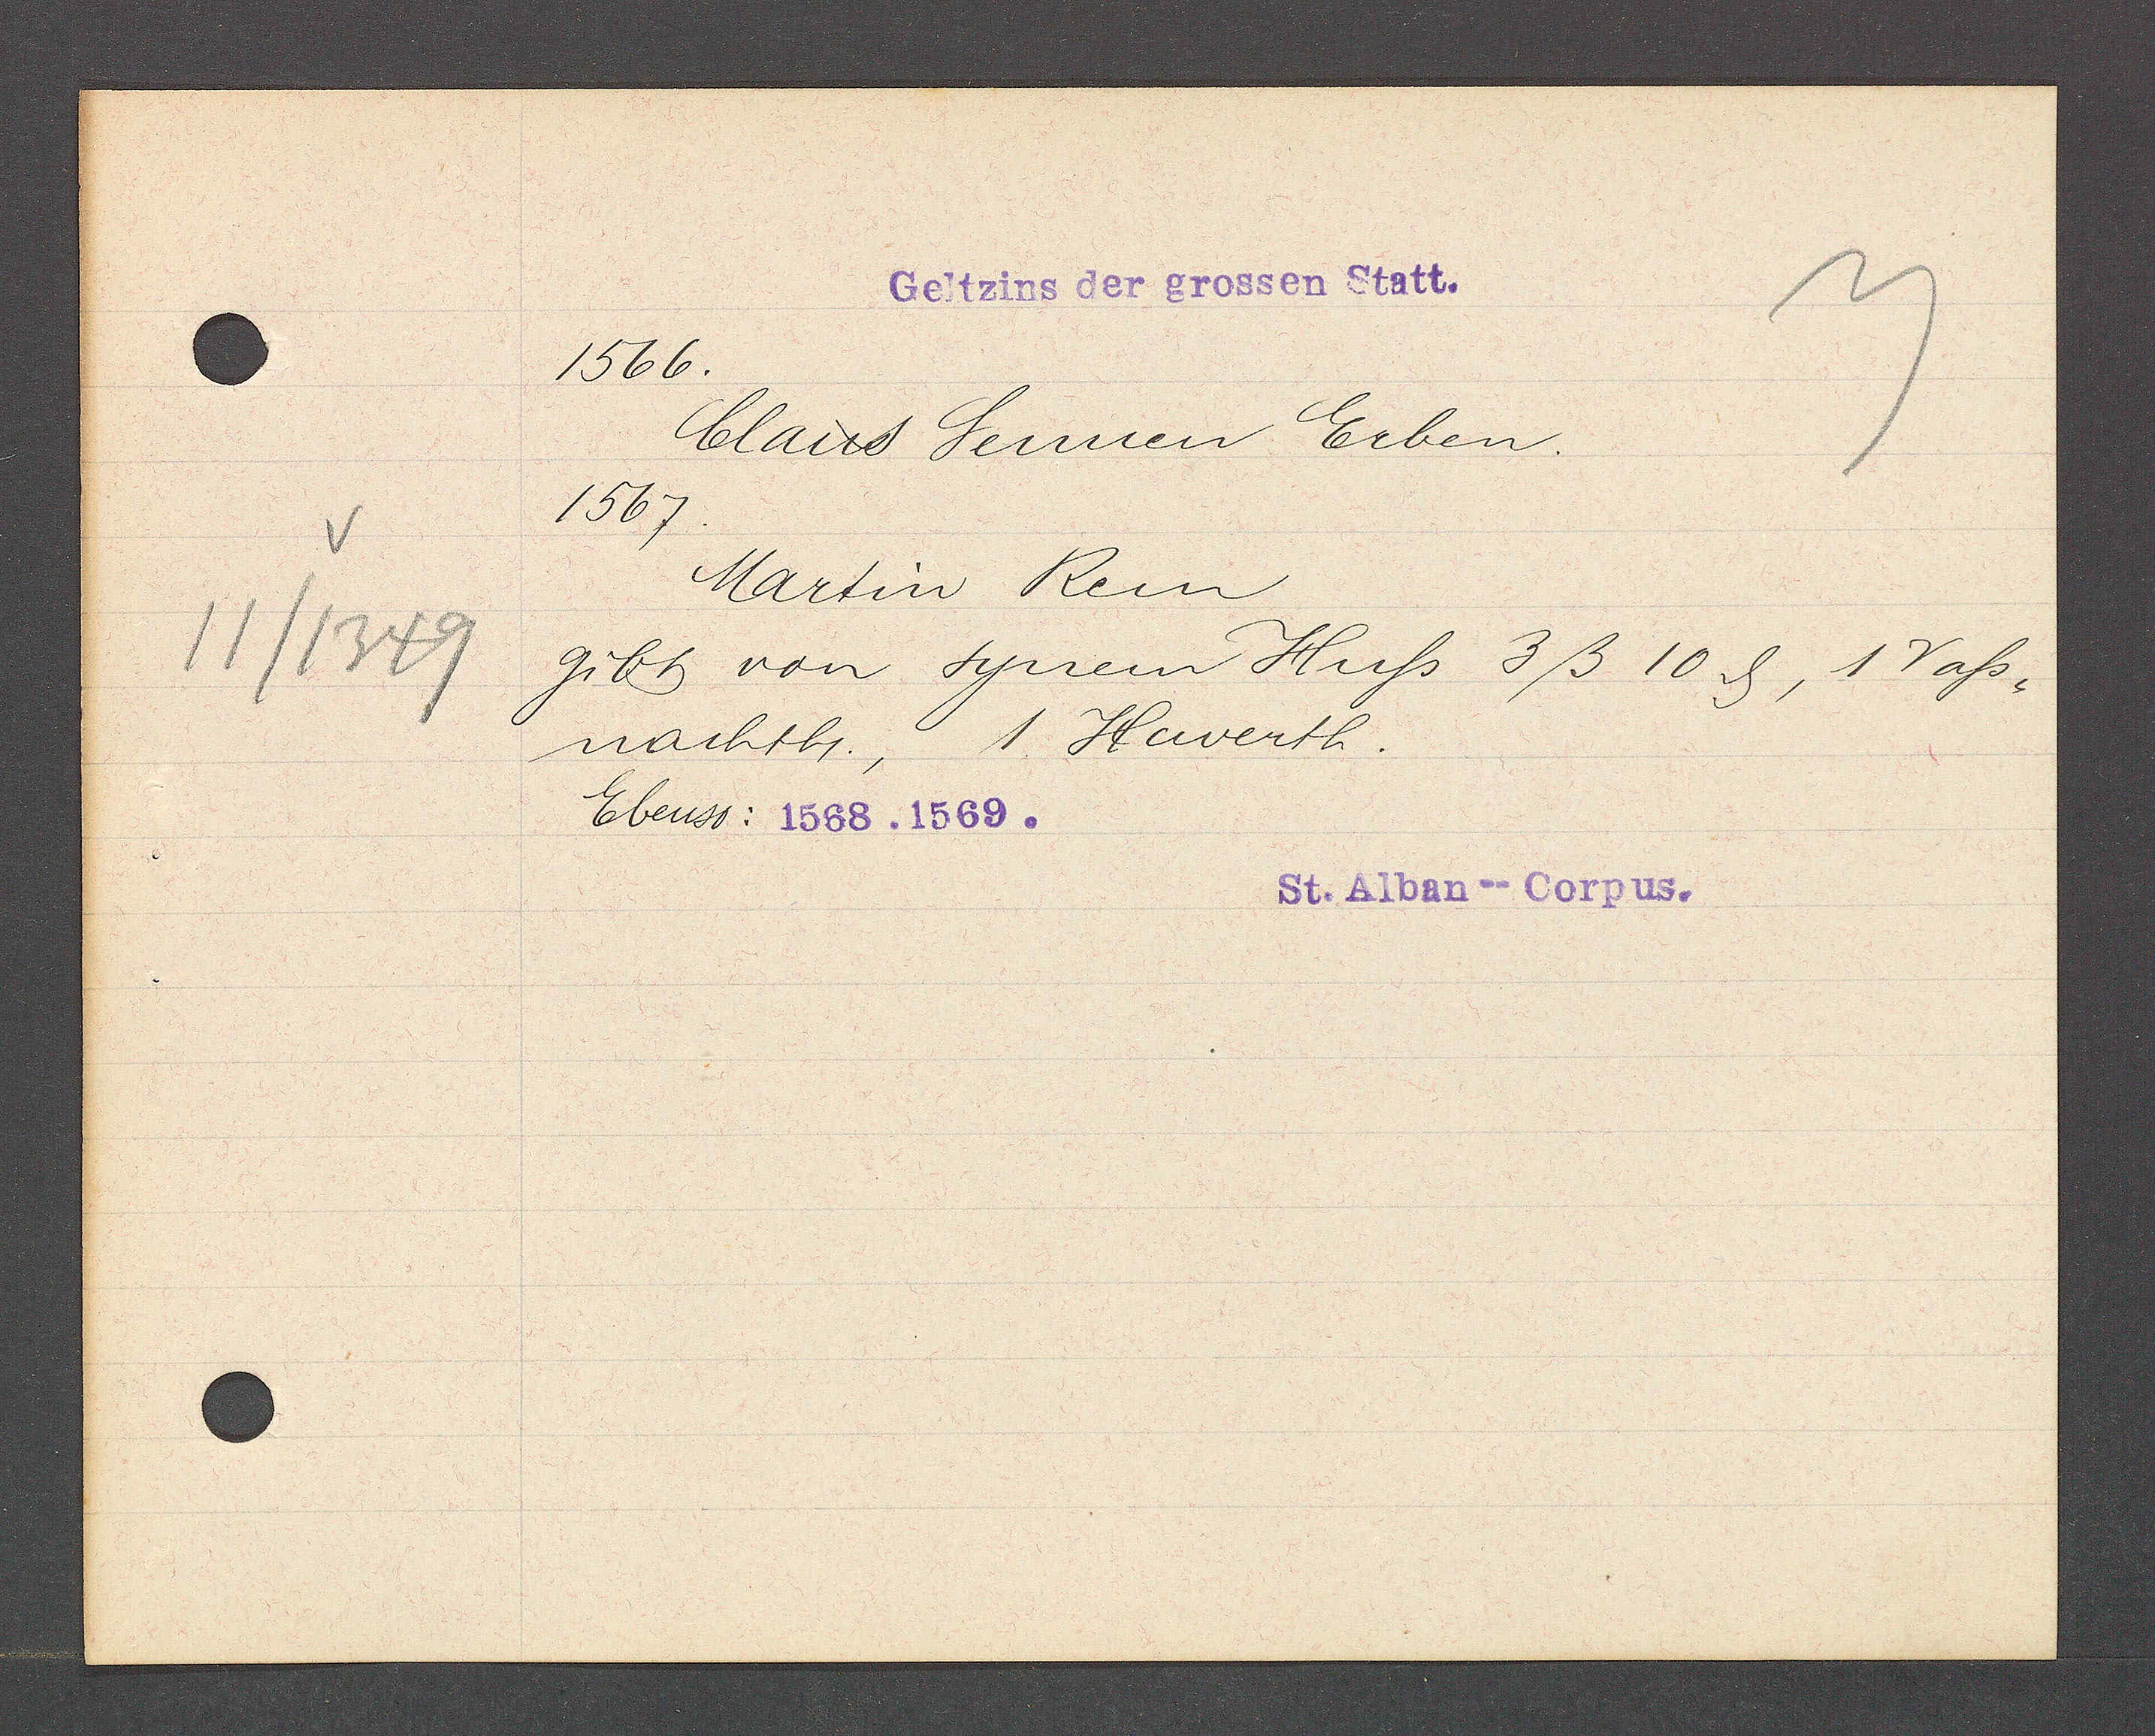
Transcript:
11/1349

Geltzins der grossen Statt.

1566.
Claus Sennen Erben.
1567.
Martin Rem
gibt von synem Huss 3ß 10 ȡ, 1 Vass¬
1. Haverth.
nachth.
Ebenso: 1568. 1569.

St. Alban--Corpus.